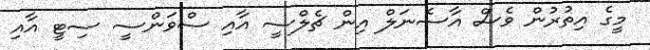
މީގެ އިތުރުން ވެސް އާސެނަލް އިން ޗެލްސީ އާއި ސްވަންސީ ސިޓީ އާއި